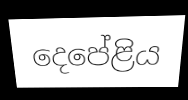
දෙපේළිය